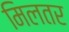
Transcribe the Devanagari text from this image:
मिलतर